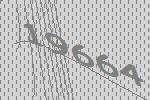
19664